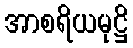
အာစရိယမုဋ္ဌိ